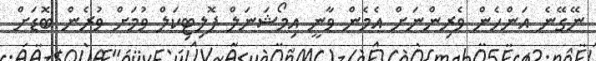
ނޭގޭނެ އަންހެން ވެރިންނަށް އެމެން ވާނީ އިމޯޝަނަލް ޕޮލިޓިކަލް ވުމަށް ވުރެން ބޮޑަށް